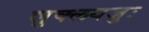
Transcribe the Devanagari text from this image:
शुक्लयजुः